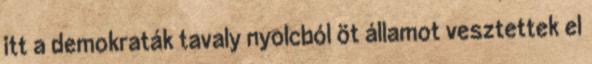
itt a demokraták tavaly nyolcból öt államot vesztettek el